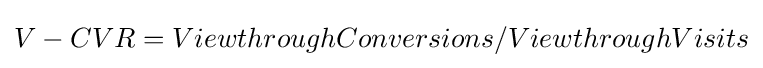
V-CVR=ViewthroughConversions/ViewthroughVisits